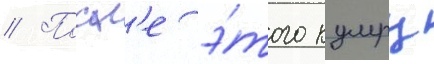
// Посл'е э́того кумру